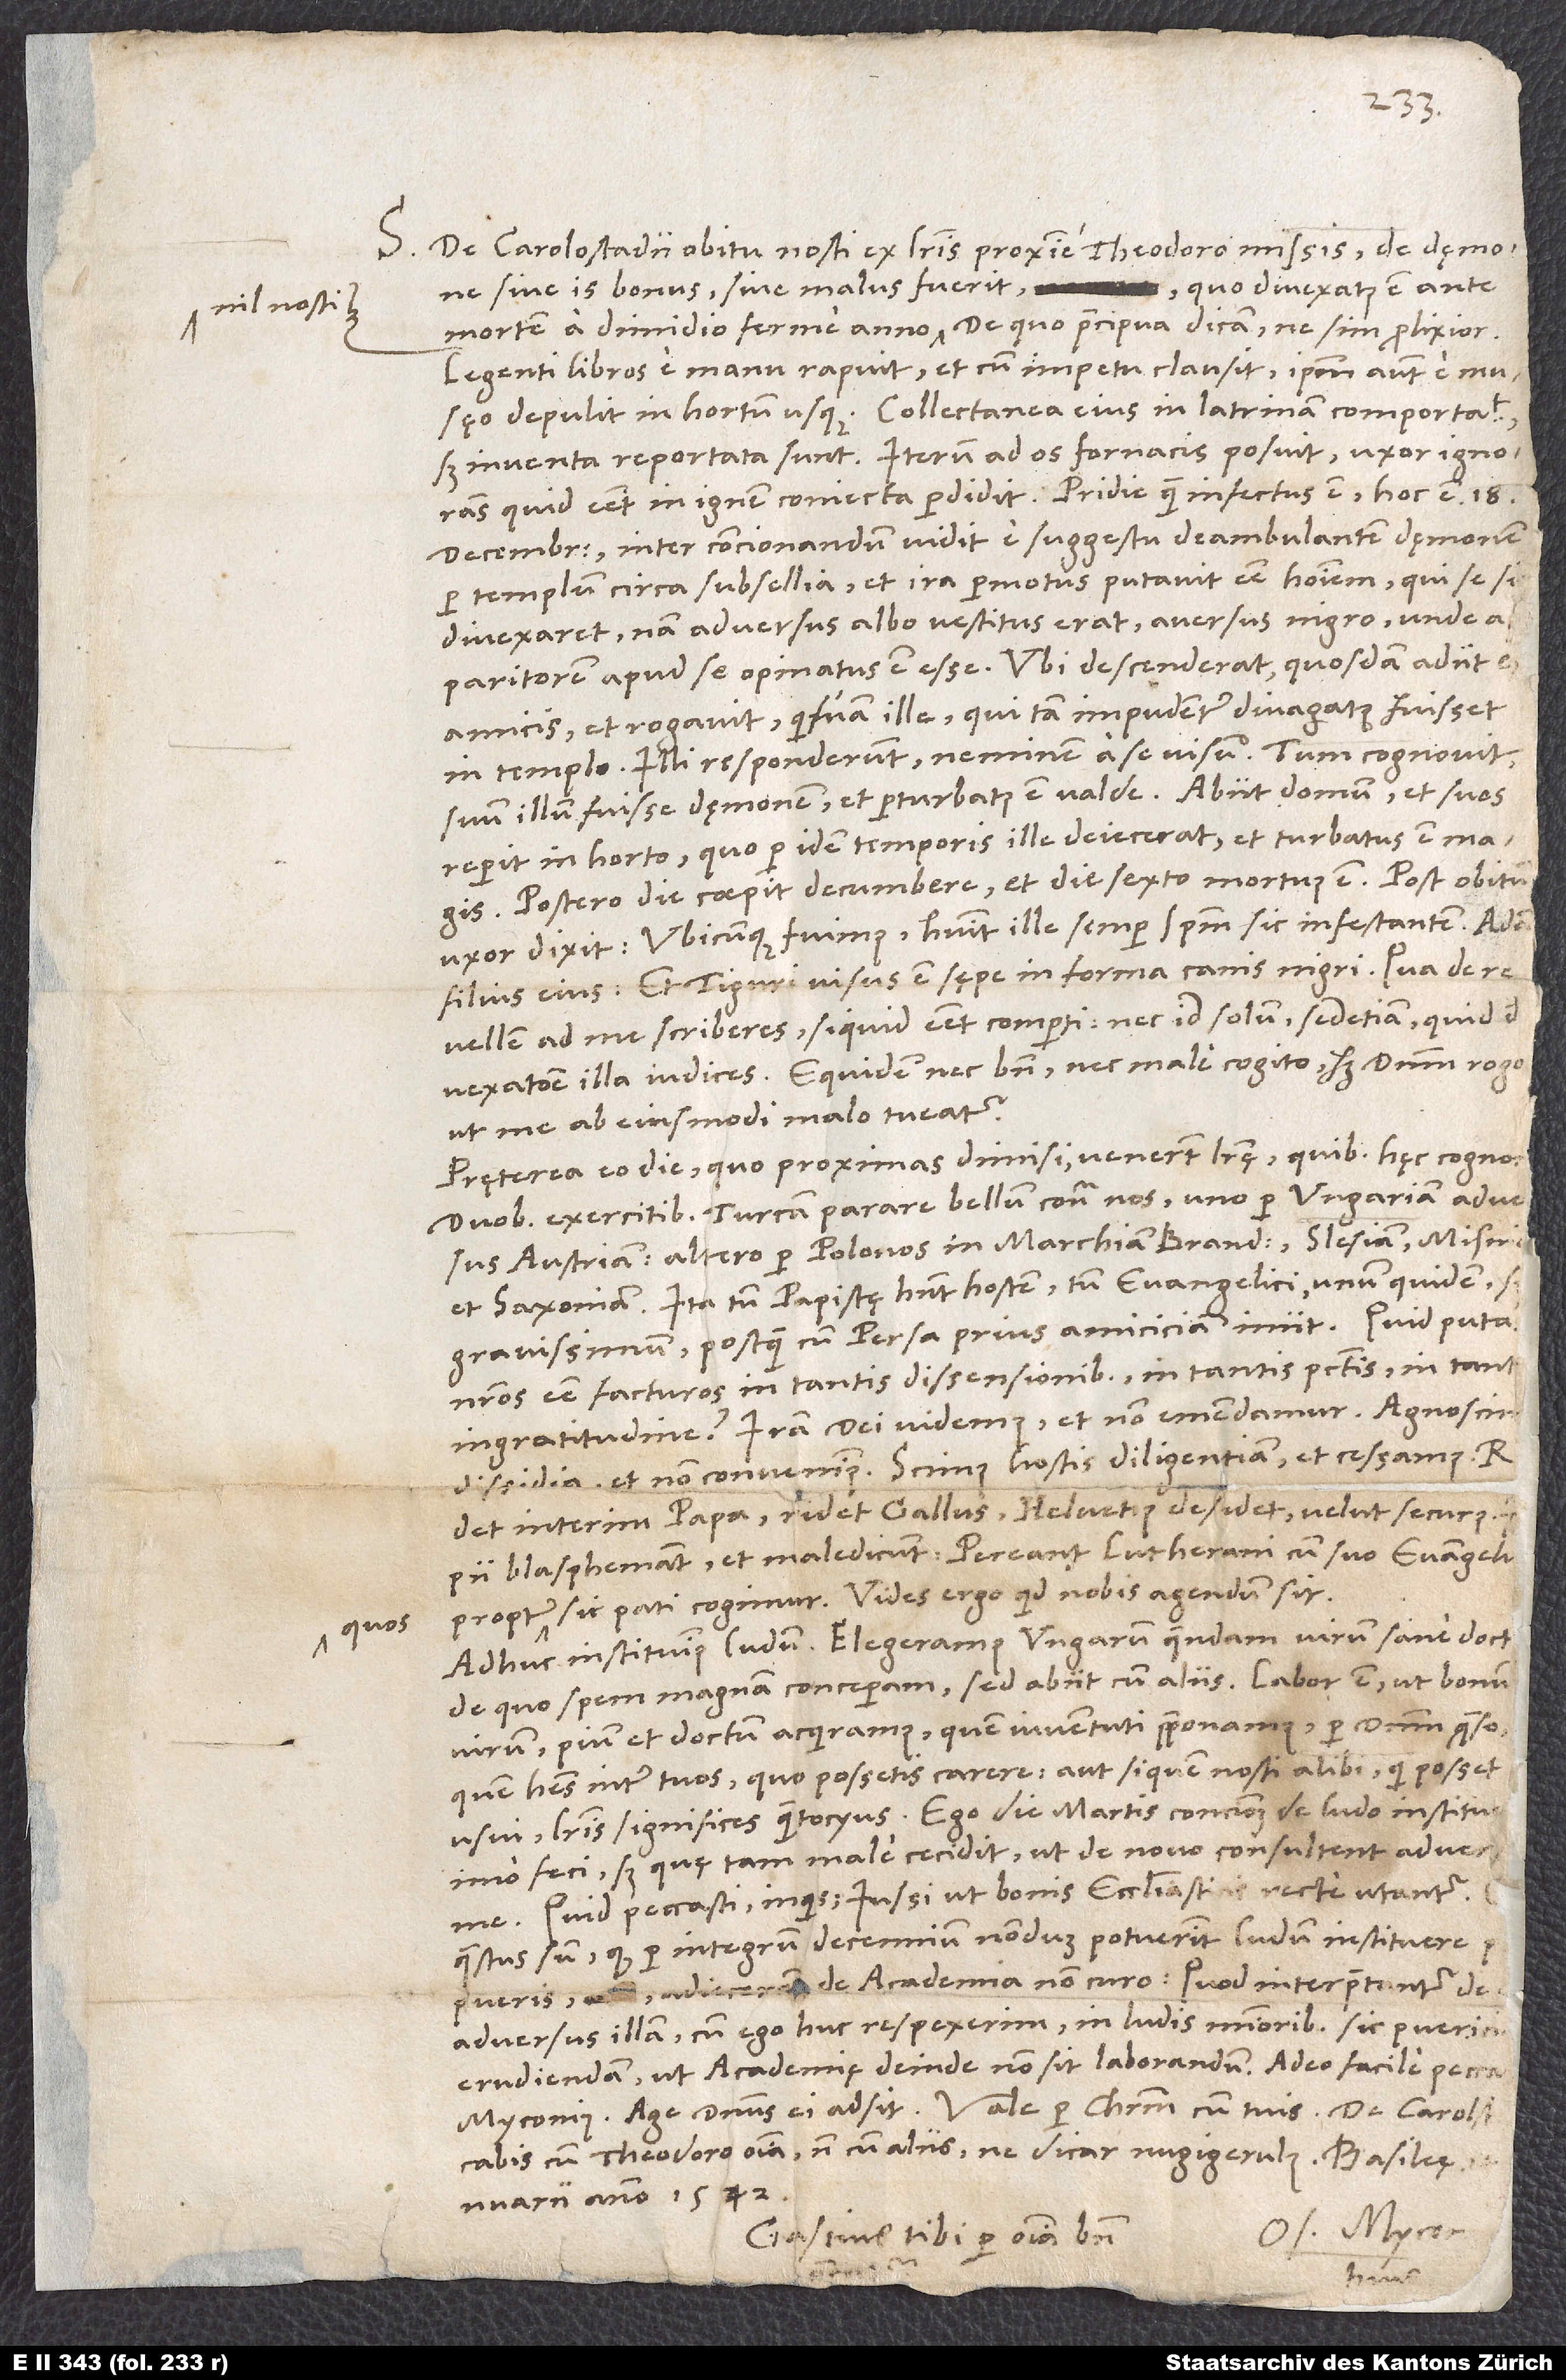
quos

S. De Carolostadii obitu nosti ex literis proxime Theodoro missis; de dęmone,
quo divexatus est ante
sive is bonus sive malus fuerit,
mortem a dimidio ferme anno, nil nosti. De quo praecipua dicam, ne sim prolixior:
Legenti libros e manu rapuit et cum impetu clausit, ipsum autem e musęo
depulit in hortum usque. Collectanea eius in latrinam comportavit,
sed inventa reportata sunt. Iterum ad os fornacis posuit; uxor ignorans,
quid esset, in ignem coniecta perdidit. Pridie quam infectus est, hoc est 18.
decembris, inter concionandum vidit e suggestu deambulantem dęmonem
per templum circa subsellia, et ira permotus putavit esse hominem, qui se
siparitorem apud se opinatus est esse. Ubi descenderat, quosdam adiit
amicis et rogavit, quisnam ille, qui tam impudenter divagatus fuisset
in templo. Illi responderunt neminem a se visum. Tum cognovit
suum illum fuisse dęmonem et perturbatus est valde. Abiit domum et suos
reperit in horto, quo per idem temporis ille deiecerat, et turbatus est magis.
Postero die coepit decumbere, et die sexto mortuus est. Post obitum
uxor dixit: „Ubicunque fuimus, habuit ille semper spiritum sic infestantem.“ Adam,
filius eius: „Et Tiguri visus est sępe in forma canis nigri.“ Qua de re
vellem, ad me scriberes, si quid esset comperti, nec id solum, sed etiam, quid de
ut me ab eiusmodi malo tueatur.
Pręterea eo die, quo proximas dimisi, venerunt literę, quibus hęc cogno,
pati cogimur.“ Vides ergo, quid nobis agendum sit.
Adhuc instituimus ludum. Elegeramus Ungarum quendam, virum sane doct,
de quo spem magnam conceperam; sed abiit cum aliis. Labor est, ut bonum
quem habes inter tuos, quo possetis carere, aut si quem nosti alibi, qui posset
erudiendam, ut academię deinde non sit laborandum. Adeo facile peccat
cum Theodoro omnia, non cum aliis, ne dicar nugigerulus.
Gastius tibi per omnia bene